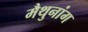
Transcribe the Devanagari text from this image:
मैथुनांग